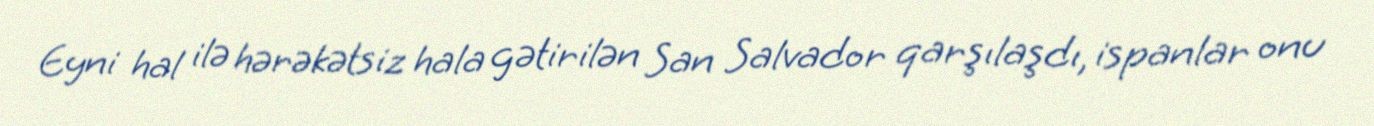
Eyni hal ilə hərəkətsiz hala gətirilən San Salvador qarşılaşdı, ispanlar onu